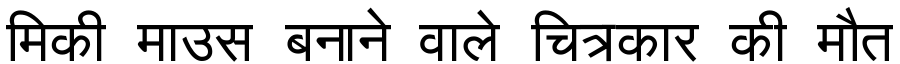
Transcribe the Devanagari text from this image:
मिकी माउस बनाने वाले चित्रकार की मौत